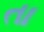
તા